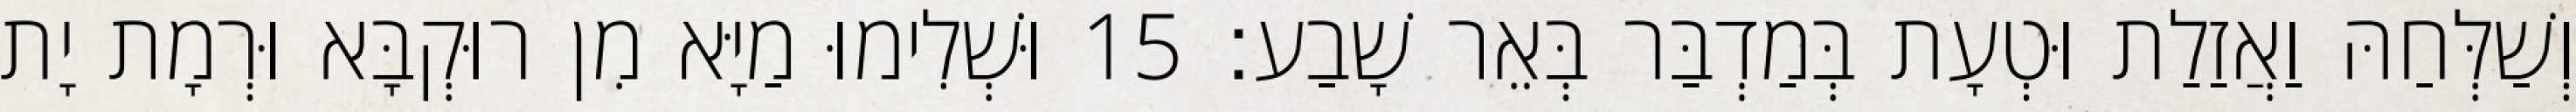
וְשַׁלְּחַהּ וַאֲזַלַת וּטְעָת בְּמַדְבַּר בְּאֵר שָׁבַע׃ 15 וּשְׁלִימוּ מַיָּא מִן רוּקְבָּא וּרְמָת יָת